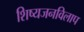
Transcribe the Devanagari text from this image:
शिष्यजनविलाप